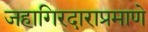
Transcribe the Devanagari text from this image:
जहागिरदाराप्रमाणे